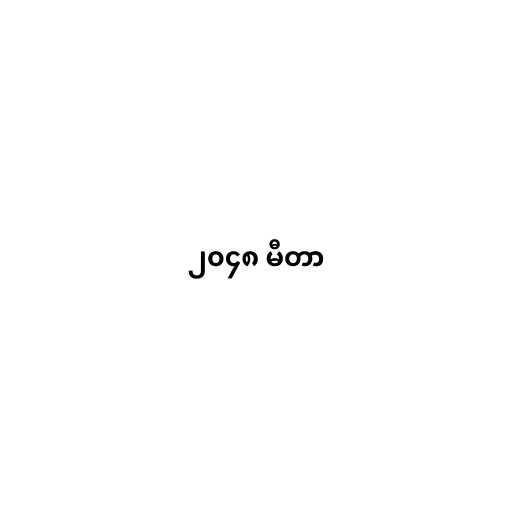
၂၀၄၈ မီတာ